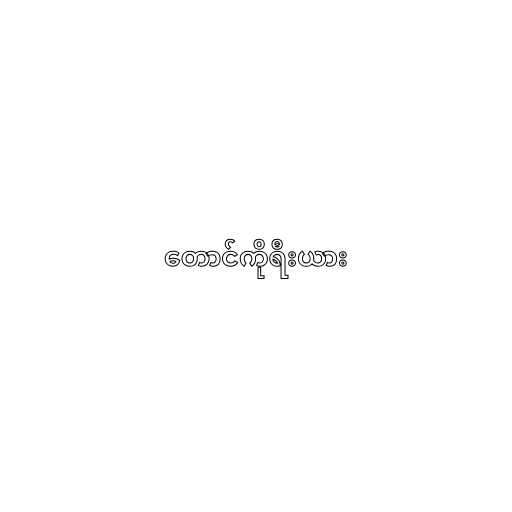
တောင်ကိုရီးယား